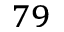
^ { 7 9 }